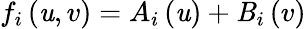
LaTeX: f_{i}\left(\mathit{u},v\right)=A_{i}\left(\mathit{u}\right)+\mathit{B}_{i}\left(v\right)